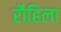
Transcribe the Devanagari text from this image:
रौहिला